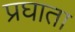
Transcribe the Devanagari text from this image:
प्रघाता